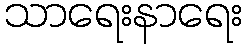
သာရေးနာရေး